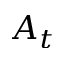
A _ { t }